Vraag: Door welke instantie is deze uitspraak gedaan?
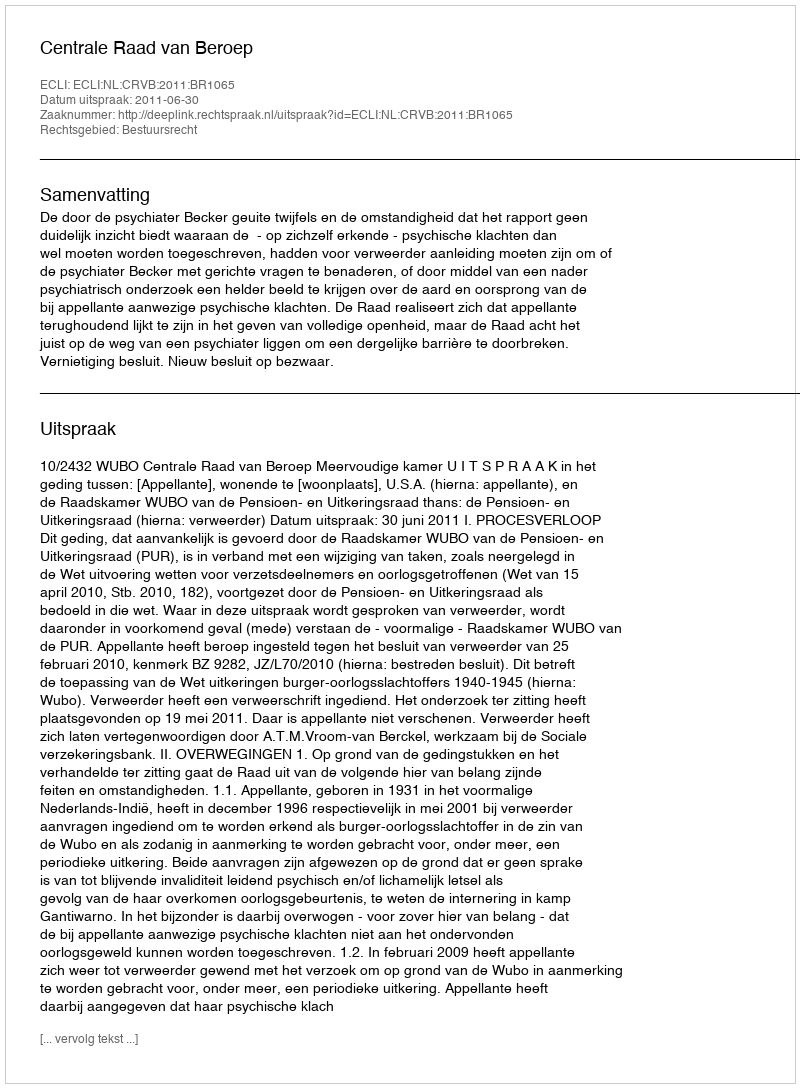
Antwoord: Centrale Raad van Beroep